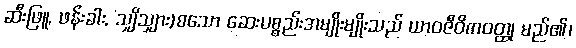
ဆီးဖြူ, ဖန်းခါး, သျှိသျှား)စသော ဆေးပစ္စည်းအမျိုးမျိုးသည် ယာဝဇီဝိကဝတ္ထု မည်၏၊